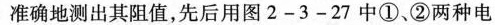
准确地测出其阻值，先后用图2-3-27中①、②两种电